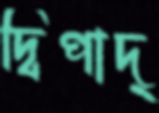
দ্বিপাদ্‌